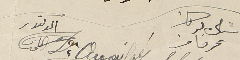
شبلى بركات فرحات الدكتور